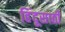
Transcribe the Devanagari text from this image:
हिंदूसाठी